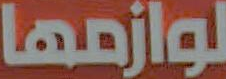
لوازمها